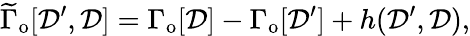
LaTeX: \widetilde{\Gamma}_{\mathrm{o}}[{\cal D}^{\prime},{\cal D}]=\Gamma_{\mathrm{o}}[{\cal D}]-\Gamma_{\mathrm{o}}[{\cal D}^{\prime}]+h({\cal D}^{\prime},{\cal D}),